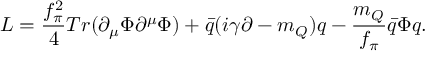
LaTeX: L = \frac { f _ { \pi } ^ { 2 } } { 4 } T r ( \partial _ { \mu } \Phi \partial ^ { \mu } \Phi ) + \bar { q } ( i \gamma \partial - m _ { Q } ) q - \frac { m _ { Q } } { f _ { \pi } } \bar { q } \Phi q .